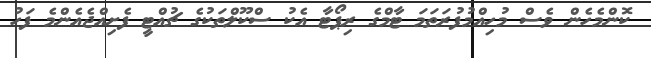
ކޮންމެހެން ވެސް މުހިއްމުފުރަތަމަ ޓާމްގެ ރިޕޯޓާ އެކު ސްކޫލްތަކުގެ ޗުއްޓީ ފެށިއްޖެއެންމެ ފަހު